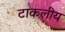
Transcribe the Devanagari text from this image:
टाकलीय